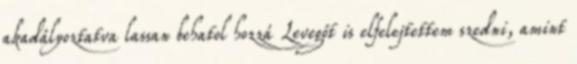
akadályoztatva lassan behatol hozzá Levegőt is elfelejtettem szedni, amint